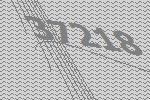
37218